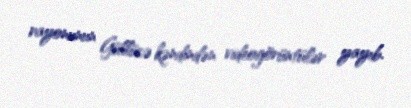
rayonunun Güllücə kəndindən videogörüntülər yayıb.